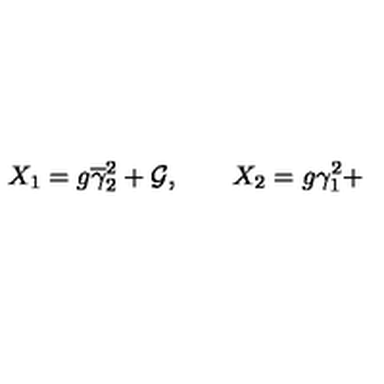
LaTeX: X _ { 1 } = g \overline { { \gamma } } _ { 2 } ^ { 2 } + { \cal G } , \qquad X _ { 2 } = g \gamma _ { 1 } ^ { 2 } +